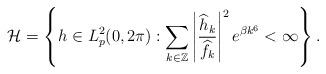
LaTeX: \begin{align*}\mathcal{H}=\left\{h\in L^2_p(0,2\pi):\displaystyle\sum_{k\in\mathbb{Z}}\left|\frac{\widehat{h}_k}{\widehat{f}_k}\right|^2e^{\beta k^6}<\infty \right\}.\end{align*}